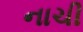
નાચી